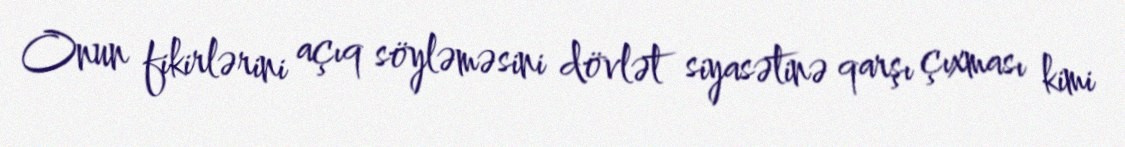
Onun fikirlərini açıq söyləməsini dövlət siyasətinə qarşı çıxması kimi